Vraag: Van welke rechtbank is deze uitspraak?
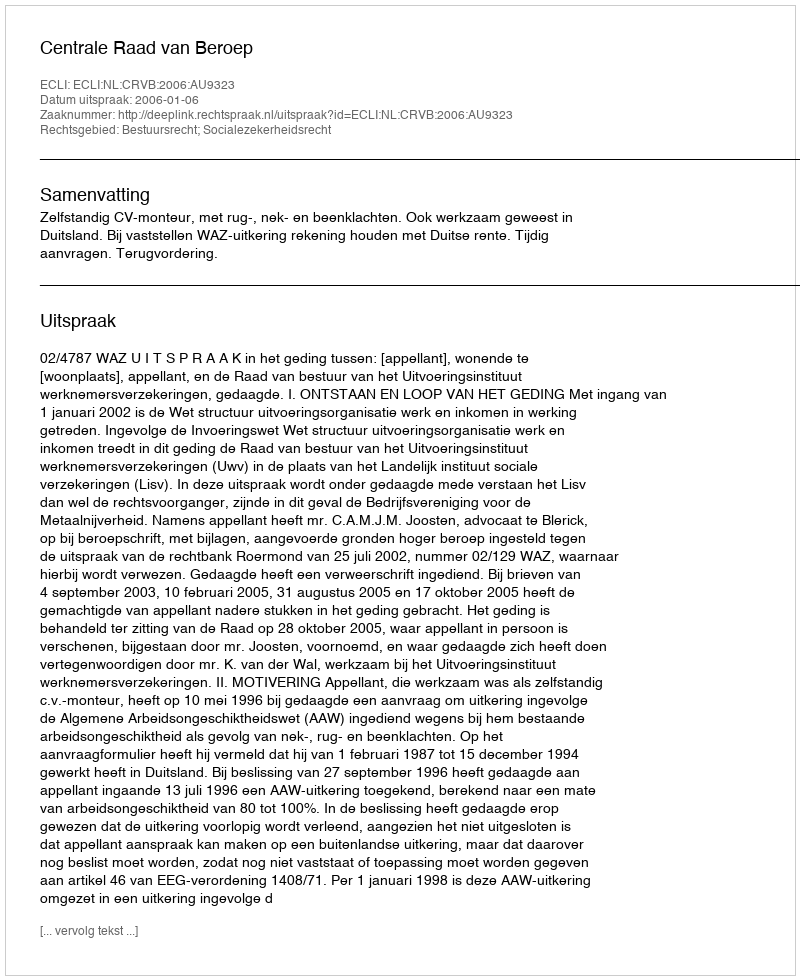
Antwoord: Centrale Raad van Beroep